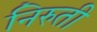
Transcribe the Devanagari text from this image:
निरुती